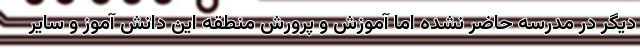
دیگر در مدرسه حاضر نشده اما آموزش و پرورش منطقه این دانش آموز و سایر